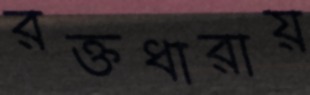
রক্তধারায়